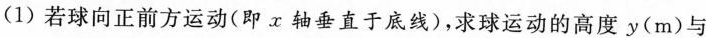
(1)若球向正前方运动(即x轴垂直于底线)，求球运动的高度y(m)与